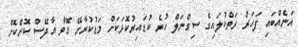
އަނެއްބައި ފަހަރު ރަތްކުލައިގެ ސިގްނަލް ހުރެ ކުޑައިރުކޮޅަކަށް މަޑުކުރާށޭ ގޮވާ އާދޭސް ކޮށްކޮށް